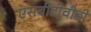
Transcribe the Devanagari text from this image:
एसबीटीवीडी